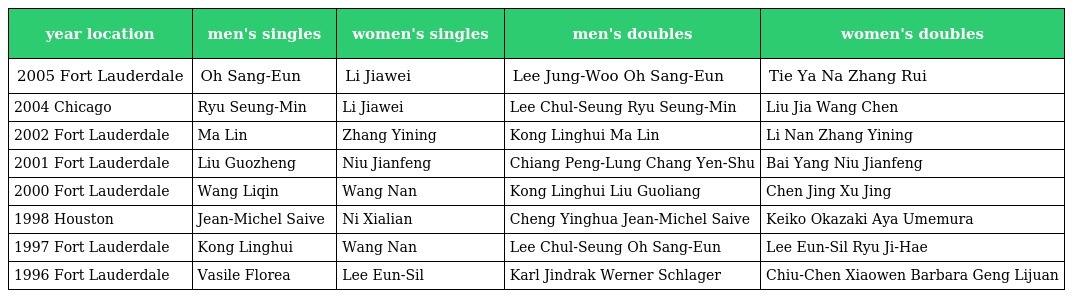
| year location | men's singles | women's singles | men's doubles | women's doubles |
 | --- | --- | --- | --- | --- |
 | 2005 Fort Lauderdale | Oh Sang-Eun | Li Jiawei | Lee Jung-Woo Oh Sang-Eun | Tie Ya Na Zhang Rui |
 | 2004 Chicago | Ryu Seung-Min | Li Jiawei | Lee Chul-Seung Ryu Seung-Min | Liu Jia Wang Chen |
 | 2002 Fort Lauderdale | Ma Lin | Zhang Yining | Kong Linghui Ma Lin | Li Nan Zhang Yining |
 | 2001 Fort Lauderdale | Liu Guozheng | Niu Jianfeng | Chiang Peng-Lung Chang Yen-Shu | Bai Yang Niu Jianfeng |
 | 2000 Fort Lauderdale | Wang Liqin | Wang Nan | Kong Linghui Liu Guoliang | Chen Jing Xu Jing |
 | 1998 Houston | Jean-Michel Saive | Ni Xialian | Cheng Yinghua Jean-Michel Saive | Keiko Okazaki Aya Umemura |
 | 1997 Fort Lauderdale | Kong Linghui | Wang Nan | Lee Chul-Seung Oh Sang-Eun | Lee Eun-Sil Ryu Ji-Hae |
 | 1996 Fort Lauderdale | Vasile Florea | Lee Eun-Sil | Karl Jindrak Werner Schlager | Chiu-Chen Xiaowen Barbara Geng Lijuan |